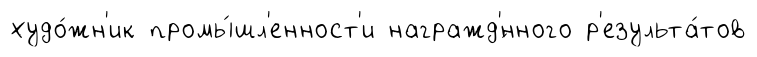
худо́жн'ик промы́шл'енност'и награжд'́нного р'езульта́тов